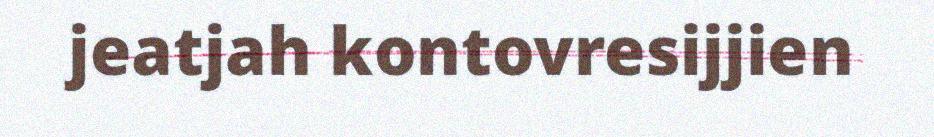
jeatjah kontovresijjien